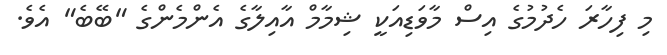
މި ފިހާރަ ހެދުމުގެ އިސް މާވަޑިއަކީ ޝިމާމް އާއިލާގެ އެންމެންގެ "ބޭބެ" އެވެ.